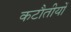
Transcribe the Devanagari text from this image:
कटौतीयों